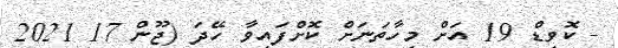
- ކޮވިޑް 19 އަށް މިހާތަނަށް ކޮށްފައިވާ ހޭދަ (ޖޫން 17 2021